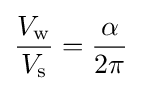
{\frac {V_{\mathrm {w} }}{V_{\mathrm {s} }}}={\frac {\alpha }{2\pi }}